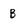
Character: B